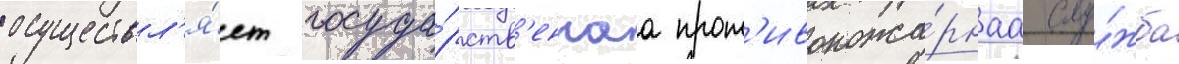
осуществл'я́ет госуда́рств'еннаа прот'ивопожа́рнаа слу́жба